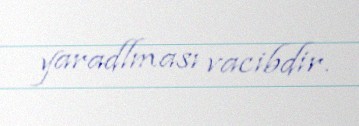
yaradlması vacibdir.